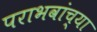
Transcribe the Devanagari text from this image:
पराभवांच्या